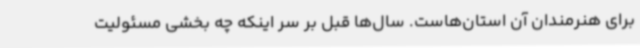
برای هنرمندان آن استان‌هاست. سال‌ها قبل بر سر اینکه چه بخشی مسئولیت